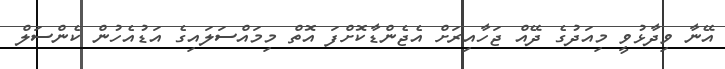
އޭނާ ވިދާޅުވީ މިއަދުގެ ދޭއް ޖަހާއިރަށް އެޖެންޑާކޮށްފަ އޮތް މިމައްސަލައިގެ އަޑުއެހުން ކެންސަލް